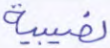
نصيبية